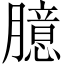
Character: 臆